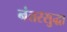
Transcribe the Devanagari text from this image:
नंतरसुद्धा